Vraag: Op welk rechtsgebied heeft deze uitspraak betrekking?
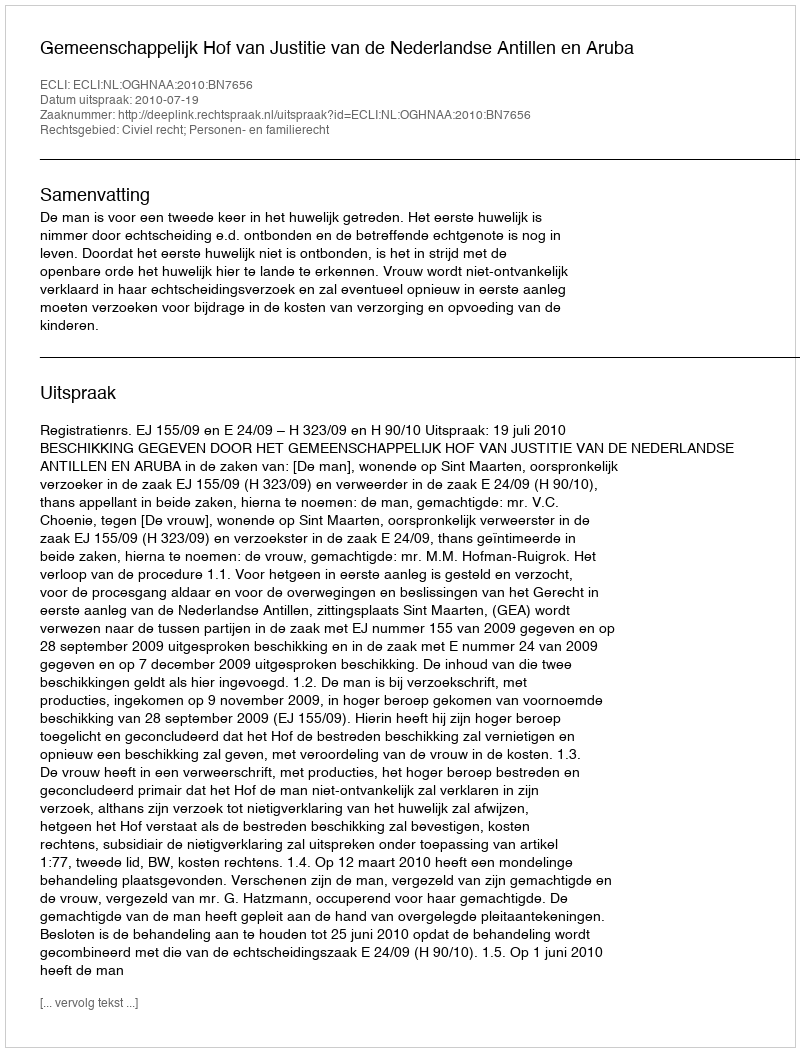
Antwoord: Civiel recht; Personen- en familierecht